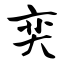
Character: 奕